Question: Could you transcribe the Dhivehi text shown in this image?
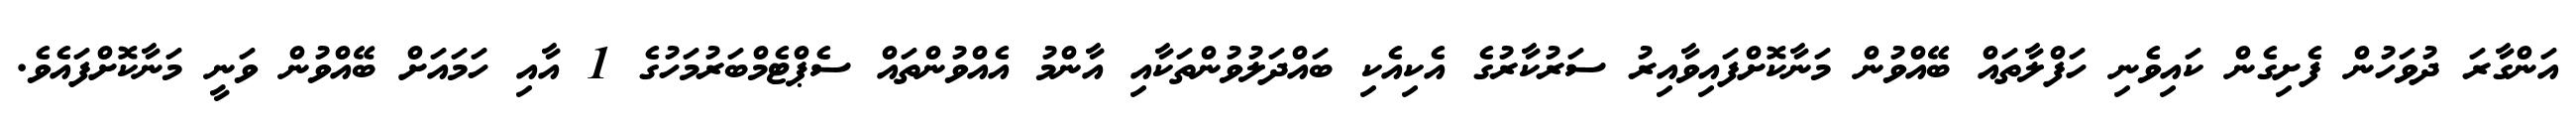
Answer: އަންގާރަ ދުވަހުން ފެށިގެން ކައިވެނި ހަފްލާތައް ބޭއްވުން މަނާކޮށްފައިވާއިރު ސަރުކާރުގެ އެކިއެކި ބައްދަލުވުންތަކާއި އާންމު އެއްވުންތައް ސެޕްޓެމްބަރުމަހުގެ 1 އާއި ހަމައަށް ބޭއްވުން ވަނީ މަނާކޮށްފައެވެ.